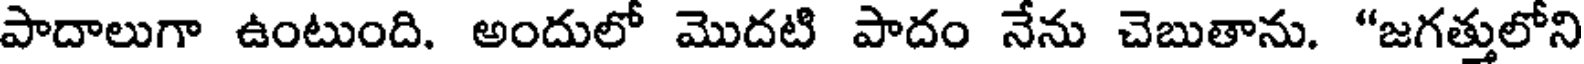
పాదాలుగా ఉంటుంది. అందులో మొదటి పాదం నేను చెబుతాను. "జగత్తులోని